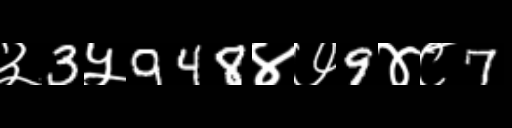
Text: ३3५948४७9४८7